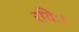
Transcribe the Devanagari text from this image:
रविः।